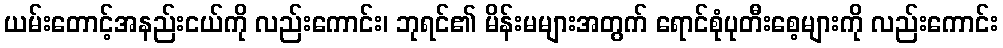
ယမ်းတောင့်အနည်းငယ်ကို လည်းကောင်း၊ ဘုရင်၏ မိန်းမများအတွက် ရောင်စုံပုတီးစေ့များကို လည်းကောင်း